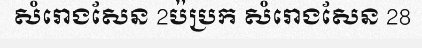
សំរោងសែន 2ប៉ប្រក សំរោងសែន 28